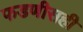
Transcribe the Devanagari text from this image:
फडणीसही